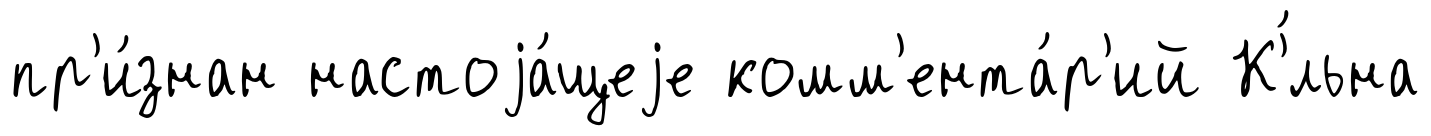
пр'и́знан настоjа́щеjе комм'ента́р'ий К'́льна